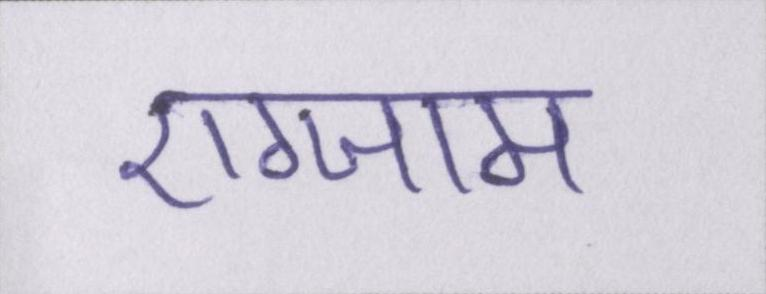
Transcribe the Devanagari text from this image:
एग्जाम